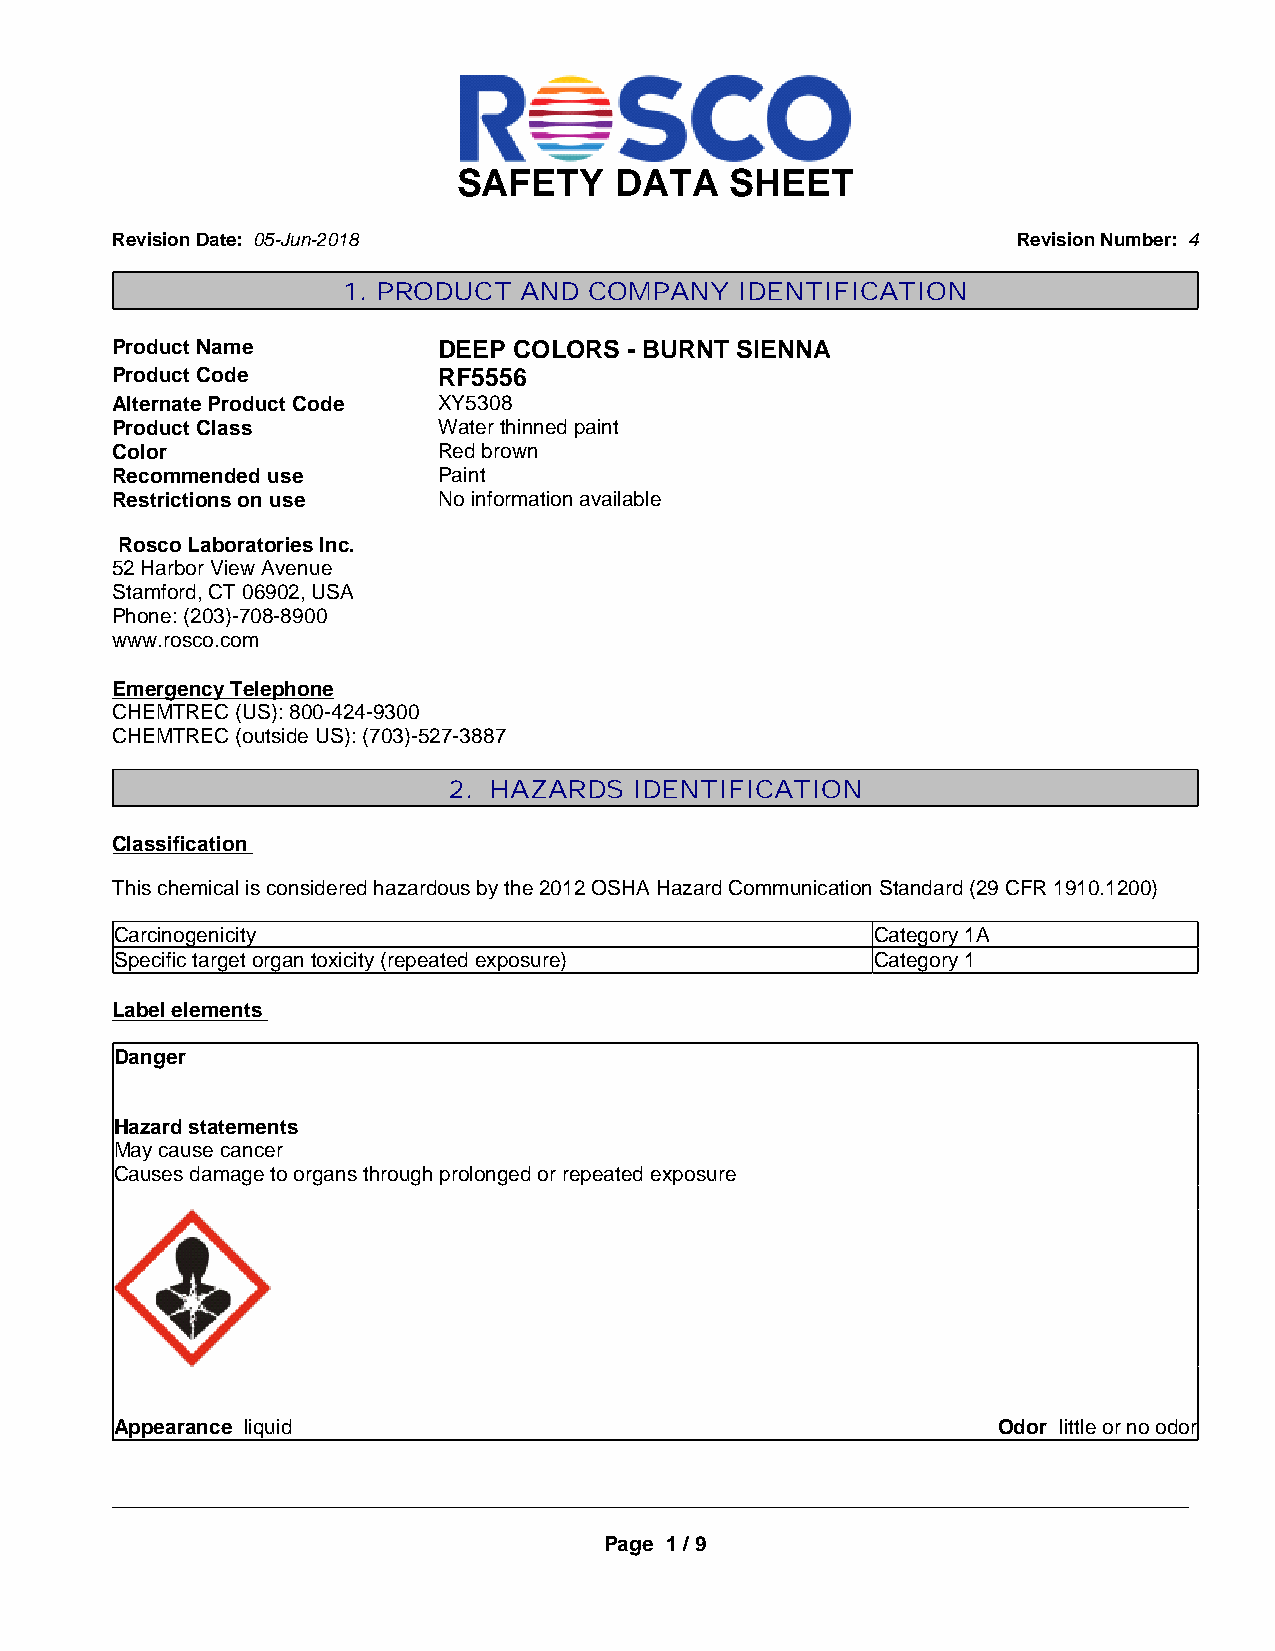
SAFETY     DATA   SHEET
 Revision Date: 05-Jun-2018                                  Revision Number: 4
 1. PRODUCT AND  COMPANY   IDENTIFICATION
 Product Name          DEEP COLORS  - BURNT SIENNA
 Product Code          RF5556
 Alternate Product Code XY5308
 Product Class         Water thinned paint
 Color                 Red brown
 Recommended use       Paint
 Restrictions on use   No information available
 Rosco Laboratories Inc.
 52 Harbor View Avenue
 Stamford, CT 06902, USA
 Phone: (203)-708-8900
 www.rosco.com
 Emergency Telephone
 CHEMTREC (US): 800-424-9300
 CHEMTREC (outside US): (703)-527-3887
 2. HAZARDS  IDENTIFICATION
 Classification
 This chemical is considered hazardous by the 2012 OSHA Hazard Communication Standard (29 CFR 1910.1200)
 Carcinogenicity                                   Category 1A
 Specific target organ toxicity (repeated exposure) Category 1
 Label elements
 Danger
 Hazard statements
 May cause cancer
 Causes damage to organs through prolonged or repeated exposure
 Appearance liquid                                         Odor little or no odor
 _____________________________________________________________________________________________
 Page 1 / 9